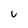
Character: u